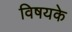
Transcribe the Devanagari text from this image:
विषयके